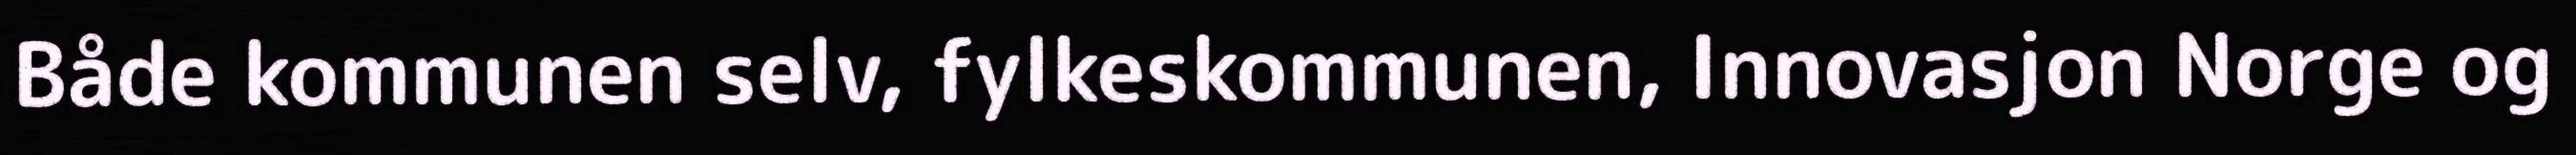
Både kommunen selv, fylkeskommunen, Innovasjon Norge og